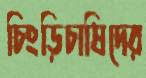
চিংড়িচাষিদের